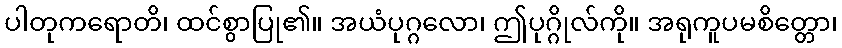
ပါတုကရောတိ၊ ထင်စွာပြု၏။ အယံပုဂ္ဂလော၊ ဤပုဂ္ဂိုလ်ကို။ အရုကူပမစိတ္တော၊